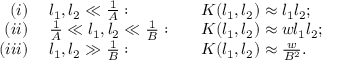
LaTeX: \begin{array} { r l l } { { ( i ) } } & { { \; l _ { 1 } , l _ { 2 } \ll { \frac { 1 } { A } } : \quad } } & { { K ( l _ { 1 } , l _ { 2 } ) \approx l _ { 1 } l _ { 2 } ; } } \\ { { ( i i ) } } & { { \; { \frac { 1 } { A } } \ll l _ { 1 } , l _ { 2 } \ll { \frac { 1 } { B } } : \quad } } & { { K ( l _ { 1 } , l _ { 2 } ) \approx w l _ { 1 } l _ { 2 } ; } } \\ { { ( i i i ) } } & { { \; l _ { 1 } , l _ { 2 } \gg { \frac { 1 } { B } } : \quad } } & { { K ( l _ { 1 } , l _ { 2 } ) \approx { \frac { w } { B ^ { 2 } } } . } } \end{array}